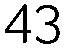
43